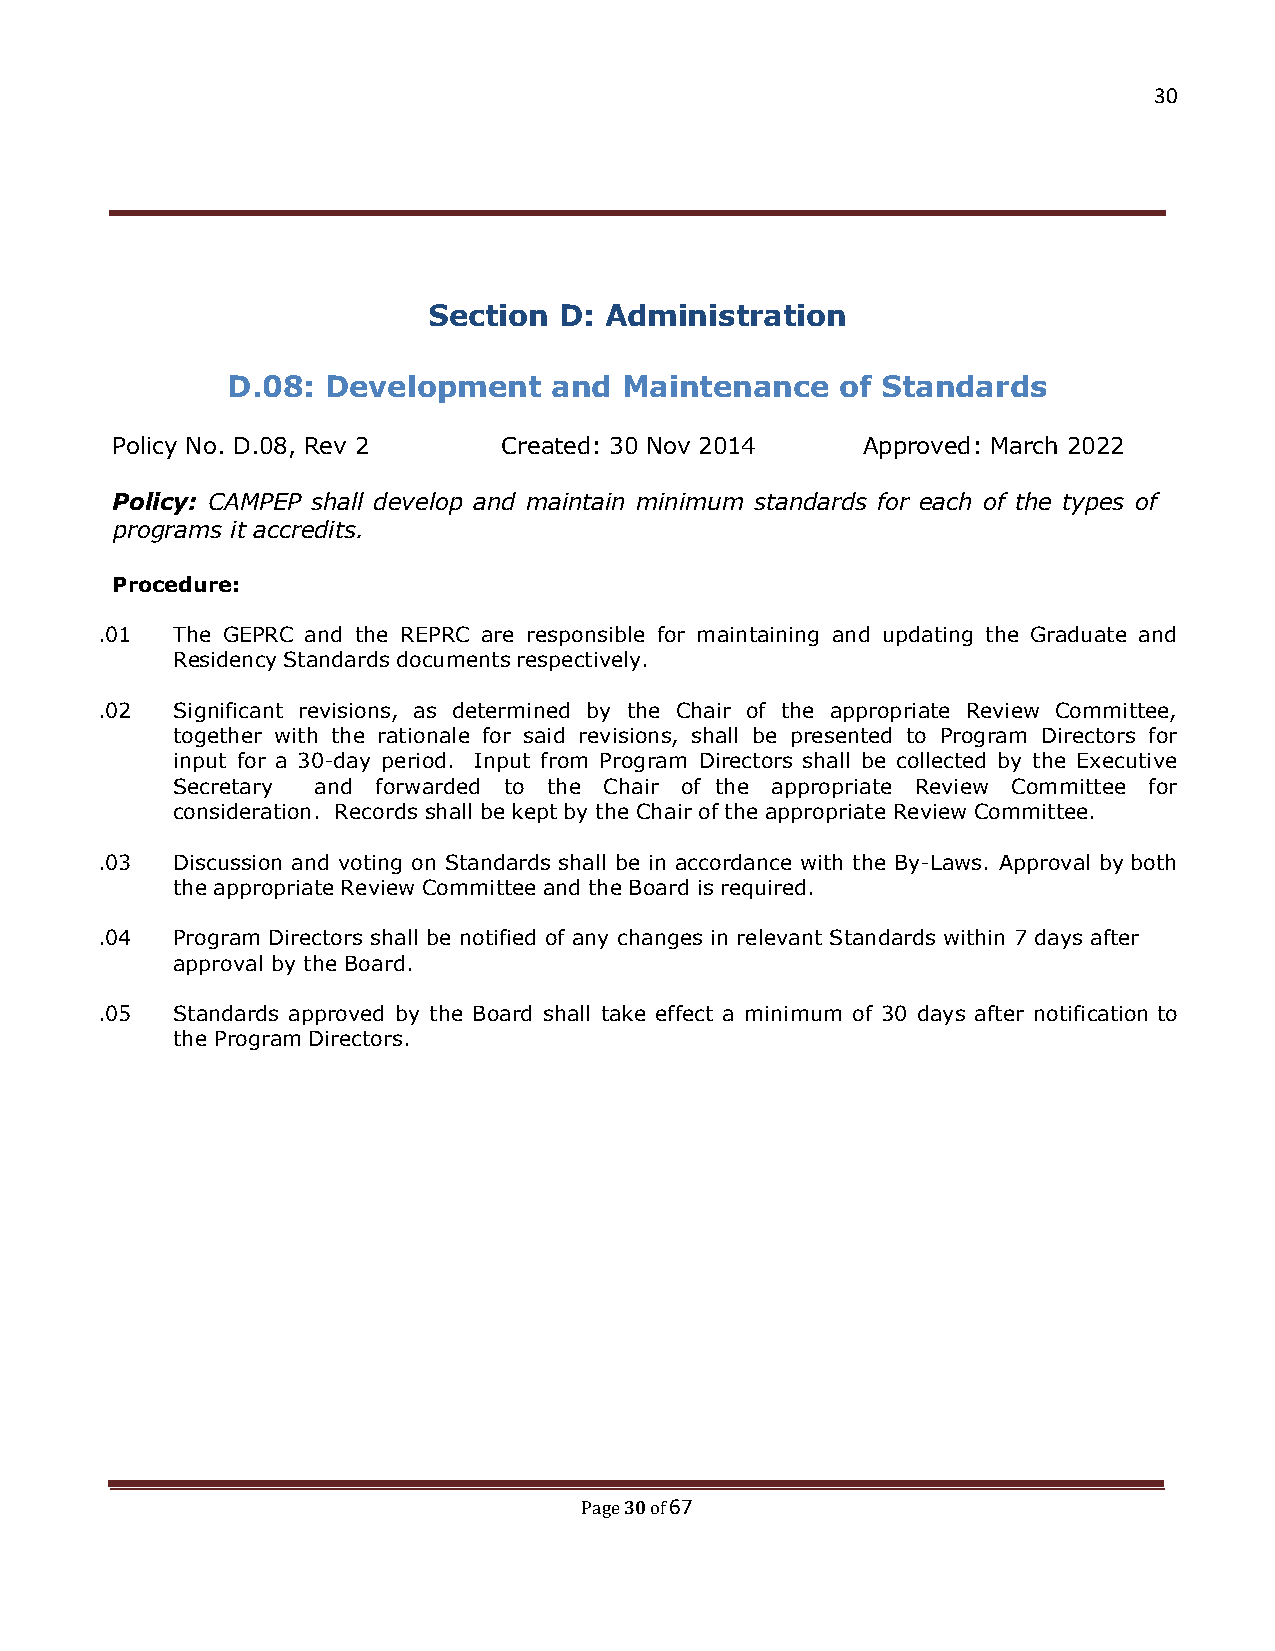
30
 Section  D: Administration
 D.08:  Development    and Maintenance    of Standards
 Policy No. D.08, Rev 2    Created: 30 Nov 2014    Approved: March 2022
 Policy: CAMPEP shall develop and maintain minimum standards for each of the types of
 programs it accredits.
 Procedure:
 .01  The GEPRC and the REPRC are responsible for maintaining and updating the Graduate and
 Residency Standards documents respectively.
 .02  Significant revisions, as determined by the Chair of the appropriate Review Committee,
 together with the rationale for said revisions, shall be presented to Program Directors for
 input for a 30-day period. Input from Program Directors shall be collected by the Executive
 Secretary and forwarded to the Chair of the appropriate Review Committee for
 consideration. Records shall be kept by the Chair of the appropriate Review Committee.
 .03  Discussion and voting on Standards shall be in accordance with the By-Laws. Approval by both
 the appropriate Review Committee and the Board is required.
 .04  Program Directors shall be notified of any changes in relevant Standards within 7 days after
 approval by the Board.
 .05  Standards approved by the Board shall take effect a minimum of 30 days after notification to
 the Program Directors.
 30 67
 Page of